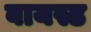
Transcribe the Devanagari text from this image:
बायस्ड